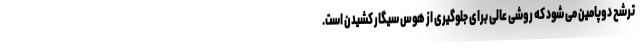
ترشح دوپامین می شود که روشی عالی برای جلوگیری از هوس سیگار کشیدن است.